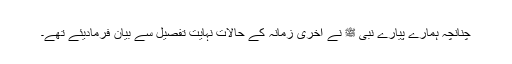
چنانچہ ہمارے پیارے نبی ﷺ نے آخری زمانہ کے حالات نہایت تفصیل سے بیان فرمادیئے تھے۔